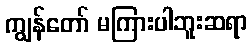
ကျွန်တော် မကြားပါဘူးဆရာ